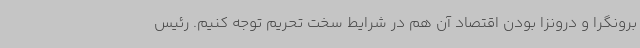
برونگرا و درونزا بودن اقتصاد آن هم در شرایط سخت تحریم توجه کنیم. رئیس